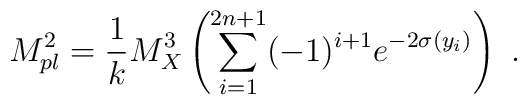
M_{pl}^2 = {1\over k}  M_X^3 \left( \sum_{i=1}^{2n+1} (-1)^{i+1}e^{-2 \sigma (y_i)} \right)  ~.~ \,